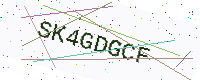
Text: SK4GDGCF